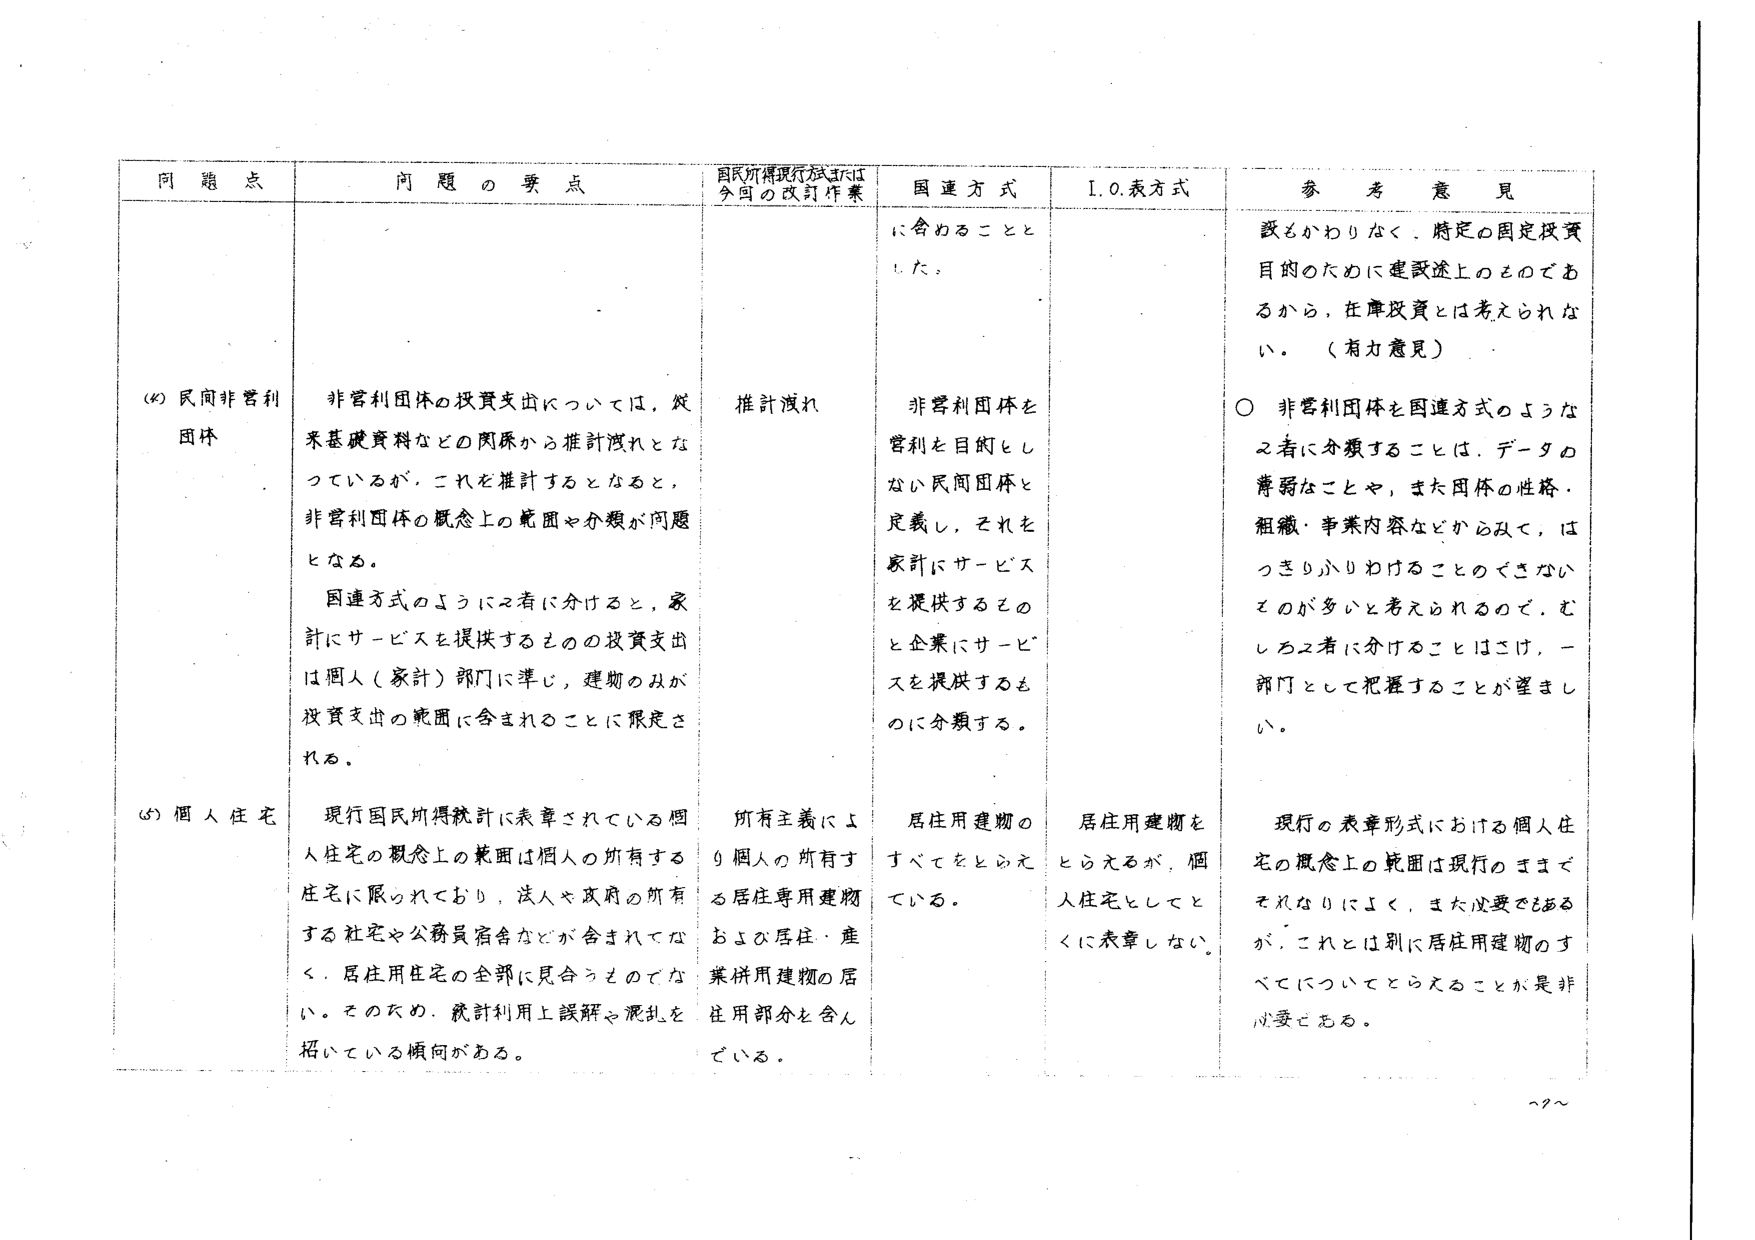
問題点 問題の要点 国民所得現行方式または今回の改訂作業 国連方式 I.O.表方式 参考意見
(4)民間非営利団体 非営利団体の投資支出については、従来基礎資料などの関係から推計済れとな っているが、これを推計するとなると、非営利団体の概念上の範囲や分類が問題となる。 国連方式のように2者に分けると、家計にサービスを提供するものの投資支出は個人（家計）部門に準じ、建物のみが投資支出の範囲に含まれることに限定される。 推計済れ に含めることとした。 非営利団体を営利を目的としない民間団体と定義し、それを家計にサービスを提供するものと企業にサービスを提供するものに分類する。 設もかわりなく、特定の固定投資目的のために建設途上のものであるから、在庫投資とは考えられない。（有力意見） ○ 非営利団体を国連方式のような2者に分類することは、データの薄弱なことや、また団体の性格・組織・事業内容などからみて、はっきりふりわけることのできないものが多いためと考えられるので、むしろ2者に分けることはこけ、一部門として把握することが望ましい。
(5)個人住宅 現行国民所得統計に表章されている個人住宅の概念上の範囲は個人の所有する住宅に限られており、法人や政府の所有する社宅や公務員宿舎などが含まれてなく、居住用住宅の全部に見合うものでない。そのため、統計利用上誤解や混乱を招いている傾向がある。 所有主義により個人の所有する居住専用建物および居住・産業併用建物の居住用部分を含んでいる。 居住用建物のすべてをとらえている。 居住用建物をとらえるが、個人住宅としてとくに表章しない。 現行の表章形式における個人住宅の概念上の範囲は現行のままでそれなりによく、また必要であるが、これとは別に居住用建物のすべてについてとらえることが是非必要である。
~9~